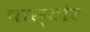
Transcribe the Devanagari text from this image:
पास्टोर